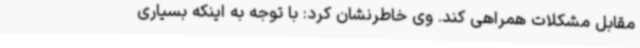
مقابل مشکلات همراهی کند. وی خاطرنشان کرد: با توجه به اینکه بسیاری